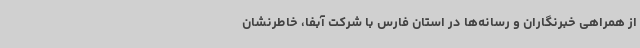
از همراهی خبرنگاران و رسانه‌ها در استان فارس با شرکت آبفا، خاطرنشان